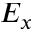
E _ { x }